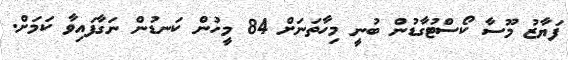
ފަޔާޒު މޫސާ ކޯސްޓުގާޑުން ބުނީ މިހާތަނަށް 84 މީހުން ކަނޑުން ނަގާފައިވާ ކަމަށް.